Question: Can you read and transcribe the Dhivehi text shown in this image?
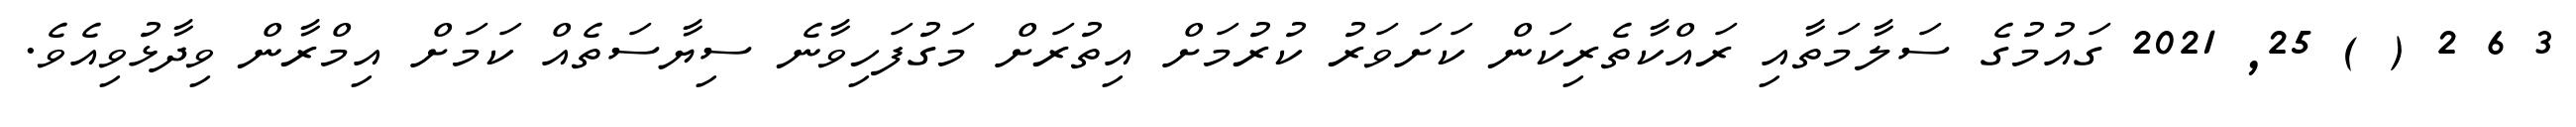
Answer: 3 6 2 ( ) 25, 2021 ގައުމުގެ ސަލާމަތާއި ރައްކާތެރިކަން ކަށަވަރު ކުރުމަށް އިތުރަށް މަގުފަހިވާނެ ސިޔާސަތެއް ކަމަށް އިމްރާން ވިދާޅުވިއެވެ.